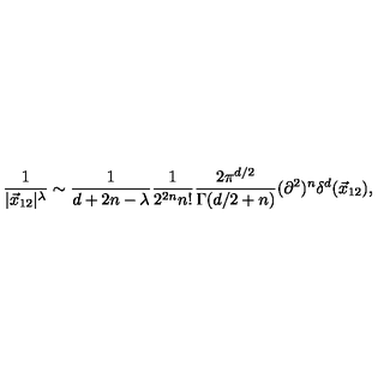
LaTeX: \frac { 1 } { | \vec { x } _ { 1 2 } | ^ { \lambda } } \sim \frac { 1 } { d + 2 n - \lambda } \frac { 1 } { 2 ^ { 2 n } n ! } \frac { 2 \pi ^ { d / 2 } } { \Gamma ( d / 2 + n ) } ( \partial ^ { 2 } ) ^ { n } \delta ^ { d } ( \vec { x } _ { 1 2 } ) ,